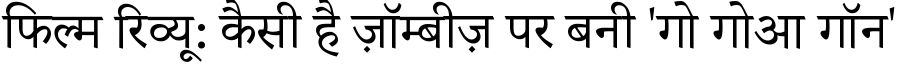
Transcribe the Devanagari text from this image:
फिल्म रिव्यू: कैसी है ज़ॉम्बीज़ पर बनी 'गो गोआ गॉन'